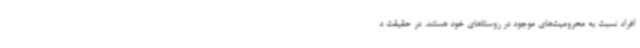
افراد نسبت به محرومیت‌های موجود در روستاهای خود هستند. در حقیقت د